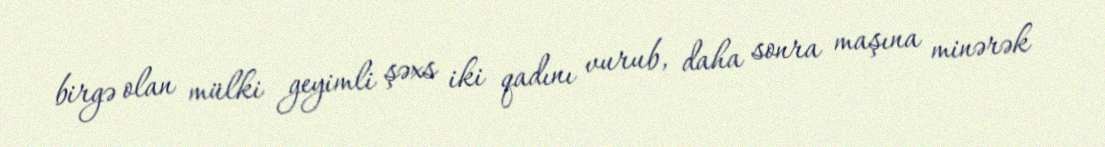
birgə olan mülki geyimli şəxs iki qadını vurub, daha sonra maşına minərək